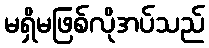
မရှိမဖြစ်လိုအပ်သည်